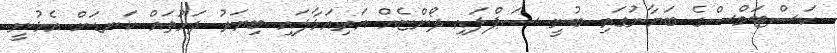
ކަސްޓަމްސްގެ ބަޔާނުގައި ބުނީ ސަޕްލައި ދޯންޏެއް އަރިއަޅާލައި ބިޔަރު ދަޅުތައް ކަނޑަށް އެޅުނީ